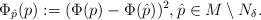
LaTeX: \begin{align*}\Phi_{\hat p}(p):=(\Phi(p)-\Phi(\hat p))^2, \hat p\in M\setminus N_\delta.\end{align*}